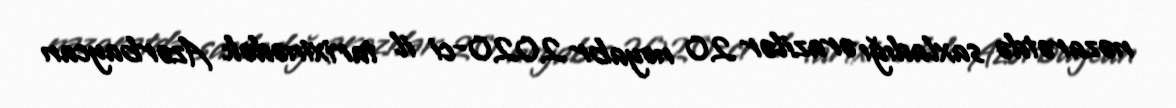
nəzarətdə saxladığı ərazilər 20 noyabr 2020-ci il tarixinədək Azərbaycan